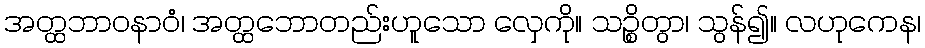
အတ္ထဘာဝနာဝံ၊ အတ္ထဘောတည်းဟူသော လှေကို။ သဉ္စိတွာ၊ သွန်၍။ လဟုကေန၊